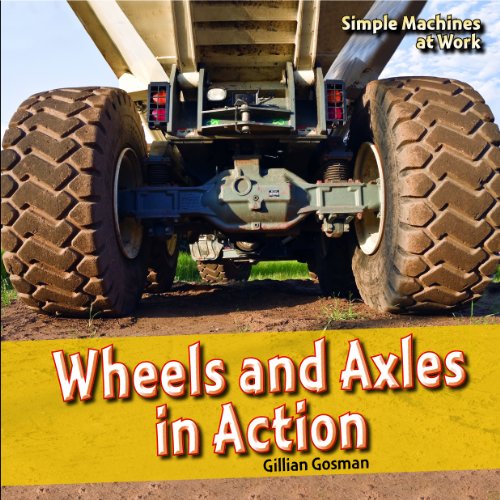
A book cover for Wheels and Axles in Action (Simple Machines at Work); Gillian Gosman; Children's Books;